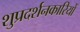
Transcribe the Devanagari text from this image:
शुप्रदर्शनकारियों